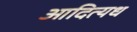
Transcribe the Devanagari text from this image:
आदित्यध